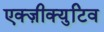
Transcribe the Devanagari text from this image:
एक्ज़ीक्युटिव